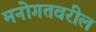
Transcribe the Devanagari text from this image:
मनोगतवरील